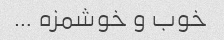
خوب و خوشمزه …